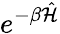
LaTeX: e^{-\beta\hat{\cal H}}